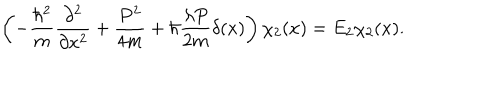
LaTeX: \left( - { \frac { \hbar ^ { 2 } } { m } } { \frac { \partial ^ { 2 } } { \partial x ^ { 2 } } } + { \frac { P ^ { 2 } } { 4 m } } + \hbar { \frac { \lambda P } { 2 m } } \delta ( x ) \right) \chi _ { 2 } ( x ) = E _ { 2 } \chi _ { 2 } ( x ) .